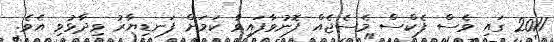
2011 ގައި ވެސް ފެކްސް މެސެޖެއް ފޮނުވާފައިވާ ކަމަށް ފަނޑިޔާރު ވިދާޅުވި އެވެ.